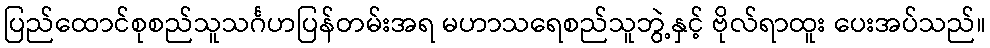
ပြည်ထောင်စုစည်သူသင်္ဂဟပြန်တမ်းအရ မဟာသရေစည်သူဘွဲ့နှင့် ဗိုလ်ရာထူး ပေးအပ်သည်။